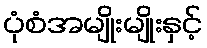
ပုံစံအမျိုးမျိုးနှင့်